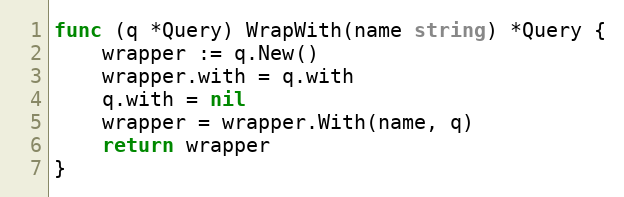
Language: Go
func (q *Query) WrapWith(name string) *Query {
	wrapper := q.New()
	wrapper.with = q.with
	q.with = nil
	wrapper = wrapper.With(name, q)
	return wrapper
}